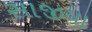
સાજીયા